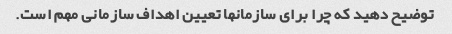
توضیح دهید که چرا برای سازمانها تعیین اهداف سازمانی مهم است.